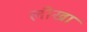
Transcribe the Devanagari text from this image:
लीखा